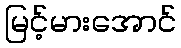
မြင့်မားအောင်